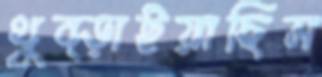
থুব্‌ড়াইয়াছিস